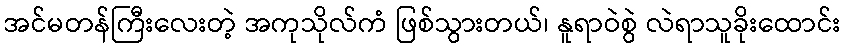
အင်မတန်ကြီးလေးတဲ့ အကုသိုလ်ကံ ဖြစ်သွားတယ်၊ နူရာဝဲစွဲ လဲရာသူခိုးထောင်း